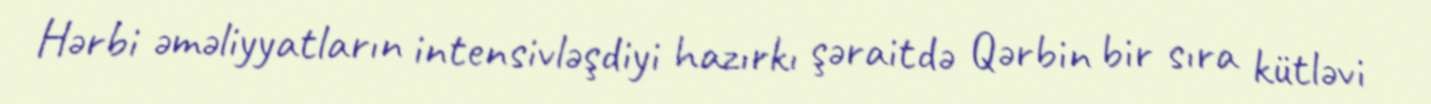
Hərbi əməliyyatların intensivləşdiyi hazırkı şəraitdə Qərbin bir sıra kütləvi